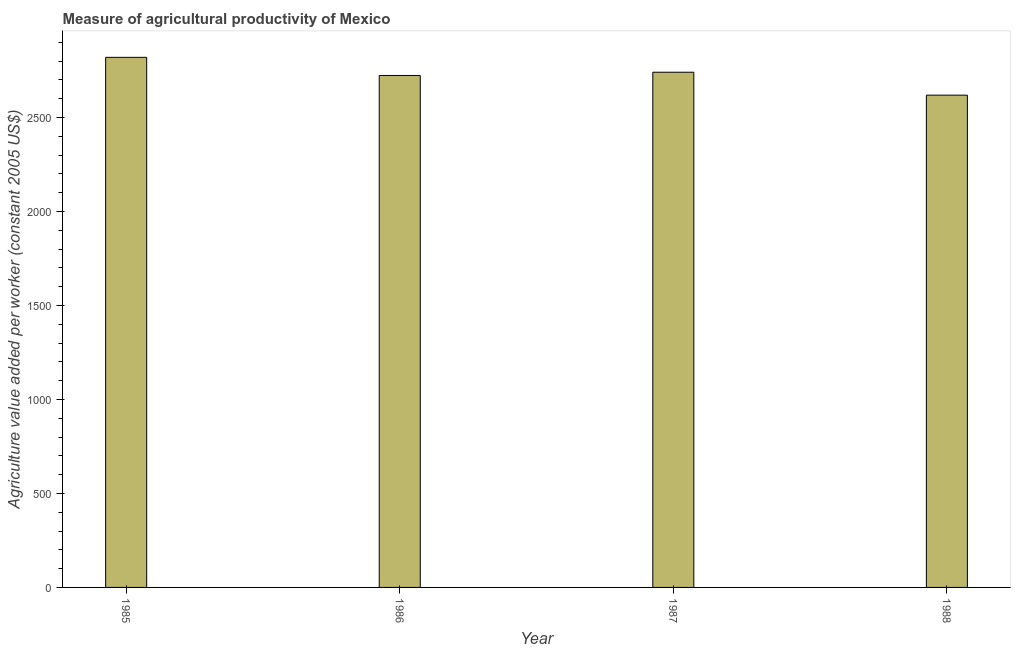
| Year | Agriculture value added per worker |
 | --- | --- |
 | 1985 | 2.82e+03 |
 | 1986 | 2.72e+03 |
 | 1987 | 2.74e+03 |
 | 1988 | 2.62e+03 |